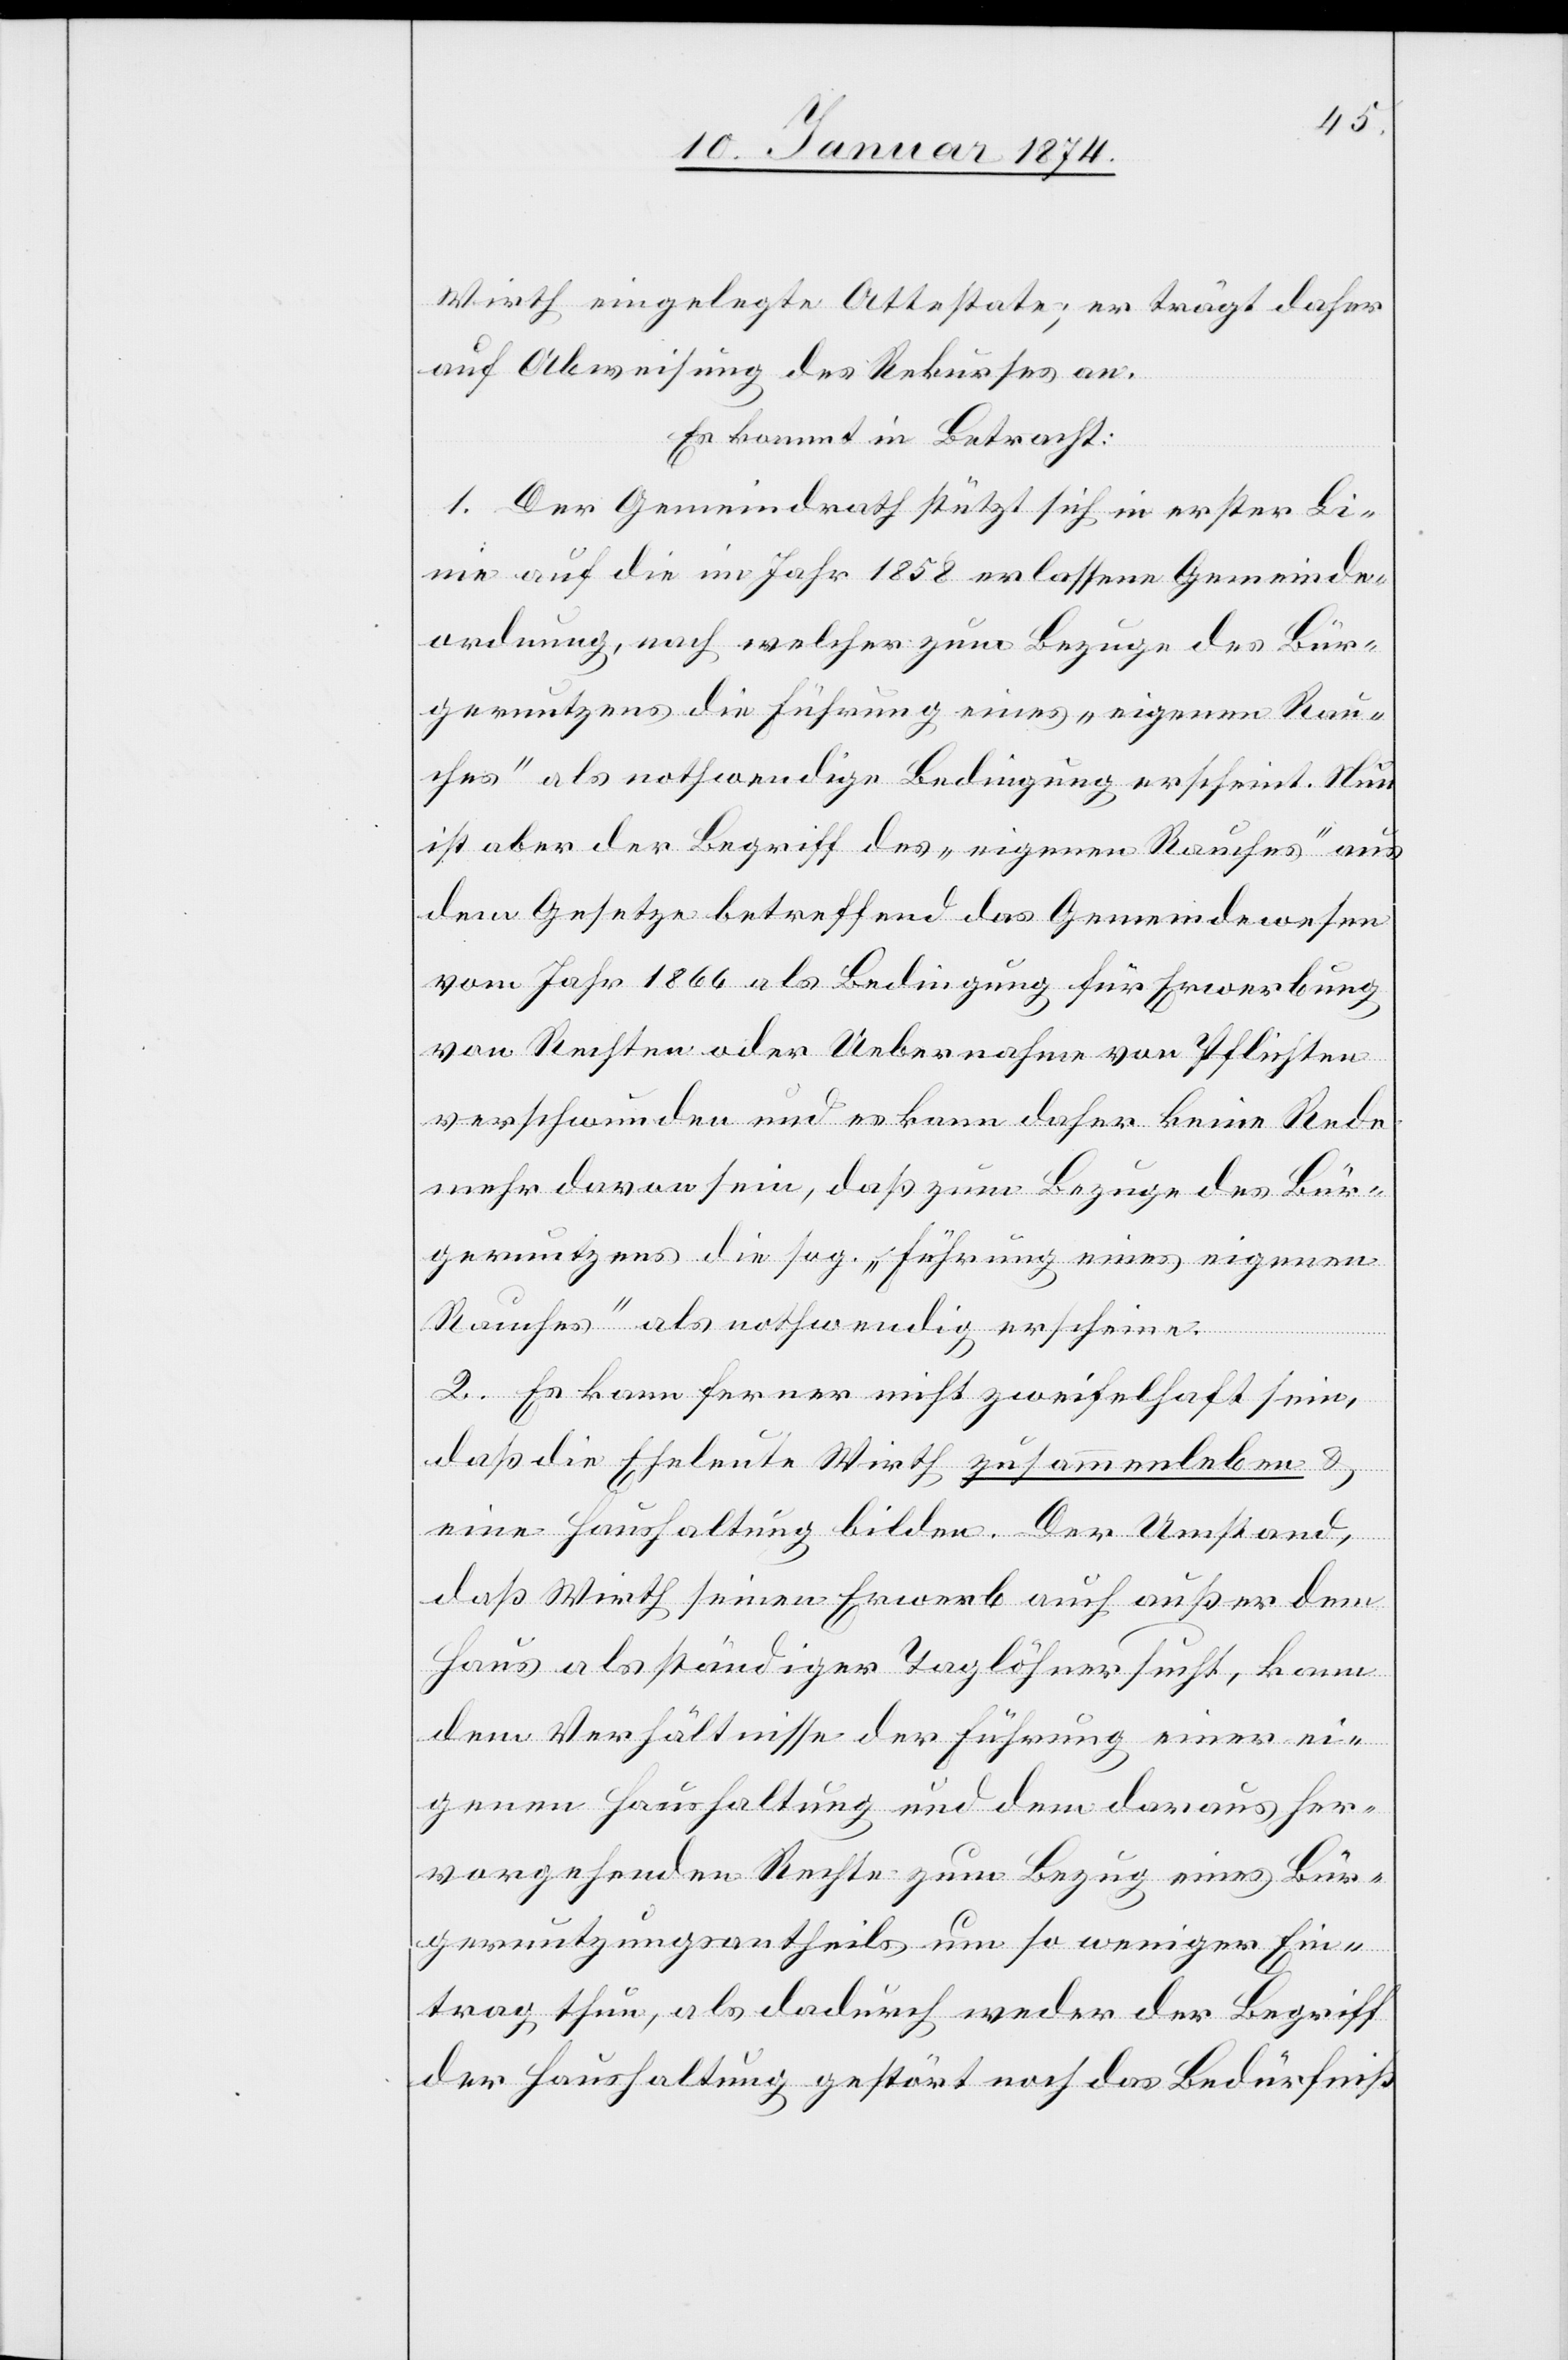
Wirth eingelegte Atteste; er trägt daher
auf Abweisung des Rekurses an.
Es kommt in Betracht:
1. Der Gemeindrath stützt sich in erster Li¬
nie auf die im Jahr 1858 erlassene Gemeinde¬
ordnung, nach welcher zum Bezuge des Bür¬
gernutzens die Führung eines „eigenen Rau¬
ches“ als nothwendige Bedingung erscheint. Nun
ist aber der Begriff des „eigenen Rauches“ aus
dem Gesetze betreffend das Gemeindewesen
vom Jahr 1866 als Bedingung für Erwerbung
von Rechten oder Uebernahme von Pflichten
verschwunden und es kann daher keine Rede
mehr davon sein, daß zum Bezuge des Bür¬
gernutzens die sog. „Führung eines eigenen
Rauches“ als nothwendig erscheine.
2. Es kann ferner nicht zweifelhaft sein,
daß die Eheleute Wirth zusammenleben &
eine Haushaltung bilden. Der Umstand,
daß Wirth seinen Erwerb auch außer dem
Haus als ständiger Taglöhner sucht, kann
dem Verhältnisse der Führung einer ei¬
genen Haushaltung und dem daraus her¬
vorgehenden Rechte zum Bezug eines Bür¬
gernutzungsantheils um so weniger Ein¬
trag thun, als dadurch weder der Begriff
der Haushaltung gestört noch das Bedürfniß